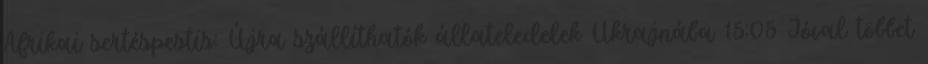
Afrikai sertéspestis: Újra szállíthatók állateledelek Ukrajnába 15:05 Jóval többet